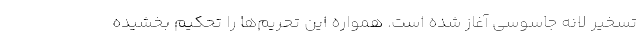
تسخیر لانه جاسوسی آغاز شده است. همواره این تحریم‌ها را تحکیم بخشیده